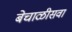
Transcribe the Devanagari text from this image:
बेचाळीसवा